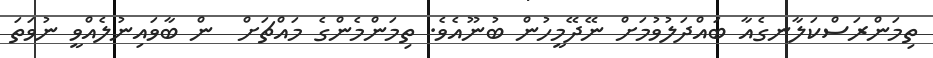
ތިމަންރަސްކަލާނގެއާ ބައްދަލުވުމަށް ނޭދޭމީހުން ބުނޫއެވެ. ތިމަންމެންގެ މައްޗަށް  ން ބާވައިނުލެއްވީ ނުވަތަ